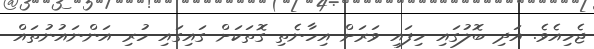
ޖެހިއެވެ. އަދި ބޮލުގައި ހިފައި ވަރަށް އިހާނެތި ގޮތަކަށް ގައިގައި ހުރި އަންނައުނުތައް